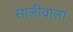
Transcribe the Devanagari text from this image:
सालीवाला